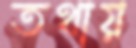
তথায়